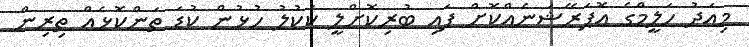
މިއަދު ހަލީމްގެ އޮޕަރޭޝަނެއްކޮށް ފައި ބުރިކޮށްލީ ކަކުލު ހުޅުން ކުޑަ ތަންކޮޅެއް ތިރިން